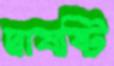
দ্বাষষ্টি